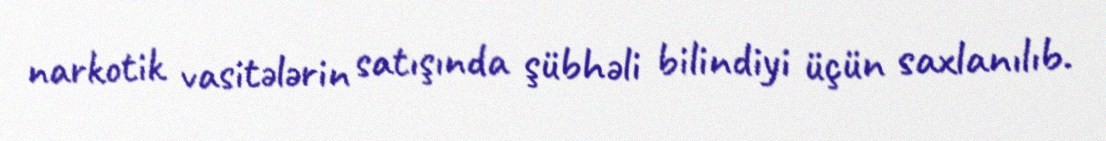
narkotik vasitələrin satışında şübhəli bilindiyi üçün saxlanılıb.